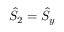
\hat { S } _ { 2 } = \hat { S } _ { y }